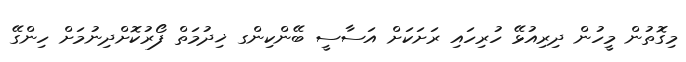
މިގޮތުން މީހުން ދިރިއުޅޭ ހުރިހައި ރަށަކަށް އަސާސީ ބޭންކިންގ ޚިދުމަތް ފޯރުކޮށްދިނުމަށް ހިންގޭ